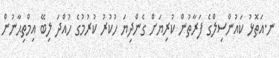
ނ.އަތޮޅު ކައުންސިލްގެ ފަރާތުން ކުރިޔަށް ގެންދިޔަ ހުކުރު ކުރުމުގެ ހުއްދަ ލިބޭ އިމްތިޙާނުން